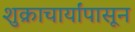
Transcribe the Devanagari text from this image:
शुक्राचार्यांपासून